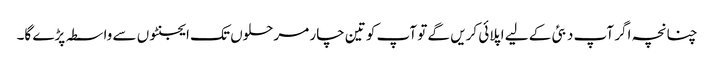
چنانچہ اگر آپ دبئی کے لیے اپلائی کریں گے تو آپ کو تین چار مرحلوں تک ایجنٹوں سے واسطہ پڑے گا۔